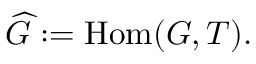
{ \widehat { G } } : = \operatorname { H o m } ( G , T ) .